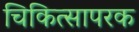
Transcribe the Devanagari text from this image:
चिकित्सापरक